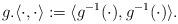
LaTeX: \begin{align*}g.\langle \cdot, \cdot \rangle := \langle g^{-1} (\cdot), g^{-1} (\cdot) \rangle . \end{align*}